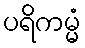
ပရိကမ္မံ